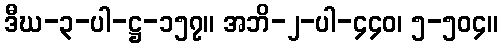
ဒီဃ-၃-ပါ-ဋ္ဌ-၁၅၇။ အဘိ-၂-ပါ-၄၄၀၊ ၅-၅၀၄။